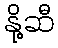
နို့ဆီ